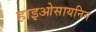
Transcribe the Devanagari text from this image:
हाइओसायनिन